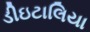
ડીઇટાલિયા